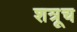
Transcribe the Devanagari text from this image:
शत्रूच